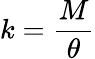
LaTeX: k={\frac{M}{\theta}}